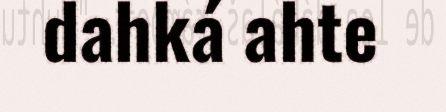
dahká ahte